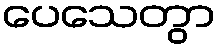
ပေသေတွာ